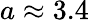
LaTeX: a\approx 3.4